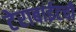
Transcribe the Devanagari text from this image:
टेराबाईटची